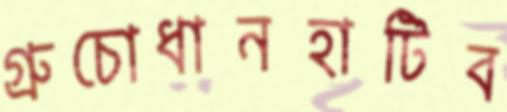
গ্রুচোধানহাটিব